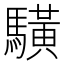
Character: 䮲